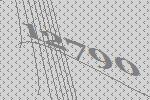
12790